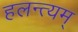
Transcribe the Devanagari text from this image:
हलन्त्यम्